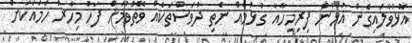
އޮޅުވާލައިގެން އުޅުނު ފިރިމީހާއާ ގުޅުމެއް ނެތި ދުވަސްތަކެއް ވޭތުވުމަށް ފަހު މިހާރު ހަމައަކަށް